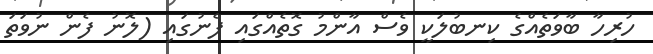
ހުރިހާ ބާވަތެއްގެ ކިނބުލަކީ ވެސް އާންމު ގޮތެއްގައި ފެނުގައި (ލޮނު ފެން ނުވަތަ